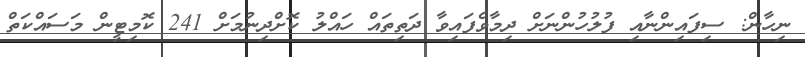
ނިހާން: ސިފައިންނާއި ފުލުހުންނަށް ދިމާވެފައިވާ ދަތިތައް ހައްލު ކޮށްދިނުމަށް 241 ކޮމިޓީން މަސައްކަތް